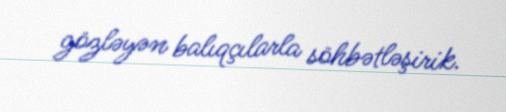
gözləyən balıqçılarla söhbətləşirik.